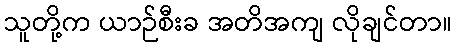
သူတို့က ယာဉ်စီးခ အတိအကျ လိုချင်တာ။